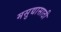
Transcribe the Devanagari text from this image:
मसुद्यासाठी